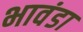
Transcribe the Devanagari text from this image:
भावंडा